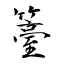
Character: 籉